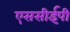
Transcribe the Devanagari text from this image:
एससीईपी